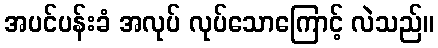
အပင်ပန်းခံ အလုပ် လုပ်သောကြောင့် လဲသည်။